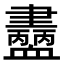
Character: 𧗚